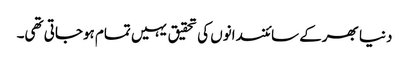
دنیا بھرکے سائنسدانوں کی تحقیق یہیں تمام ہوجاتی تھی۔